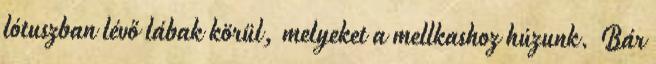
lótuszban lévő lábak körül, melyeket a mellkashoz húzunk. Bár